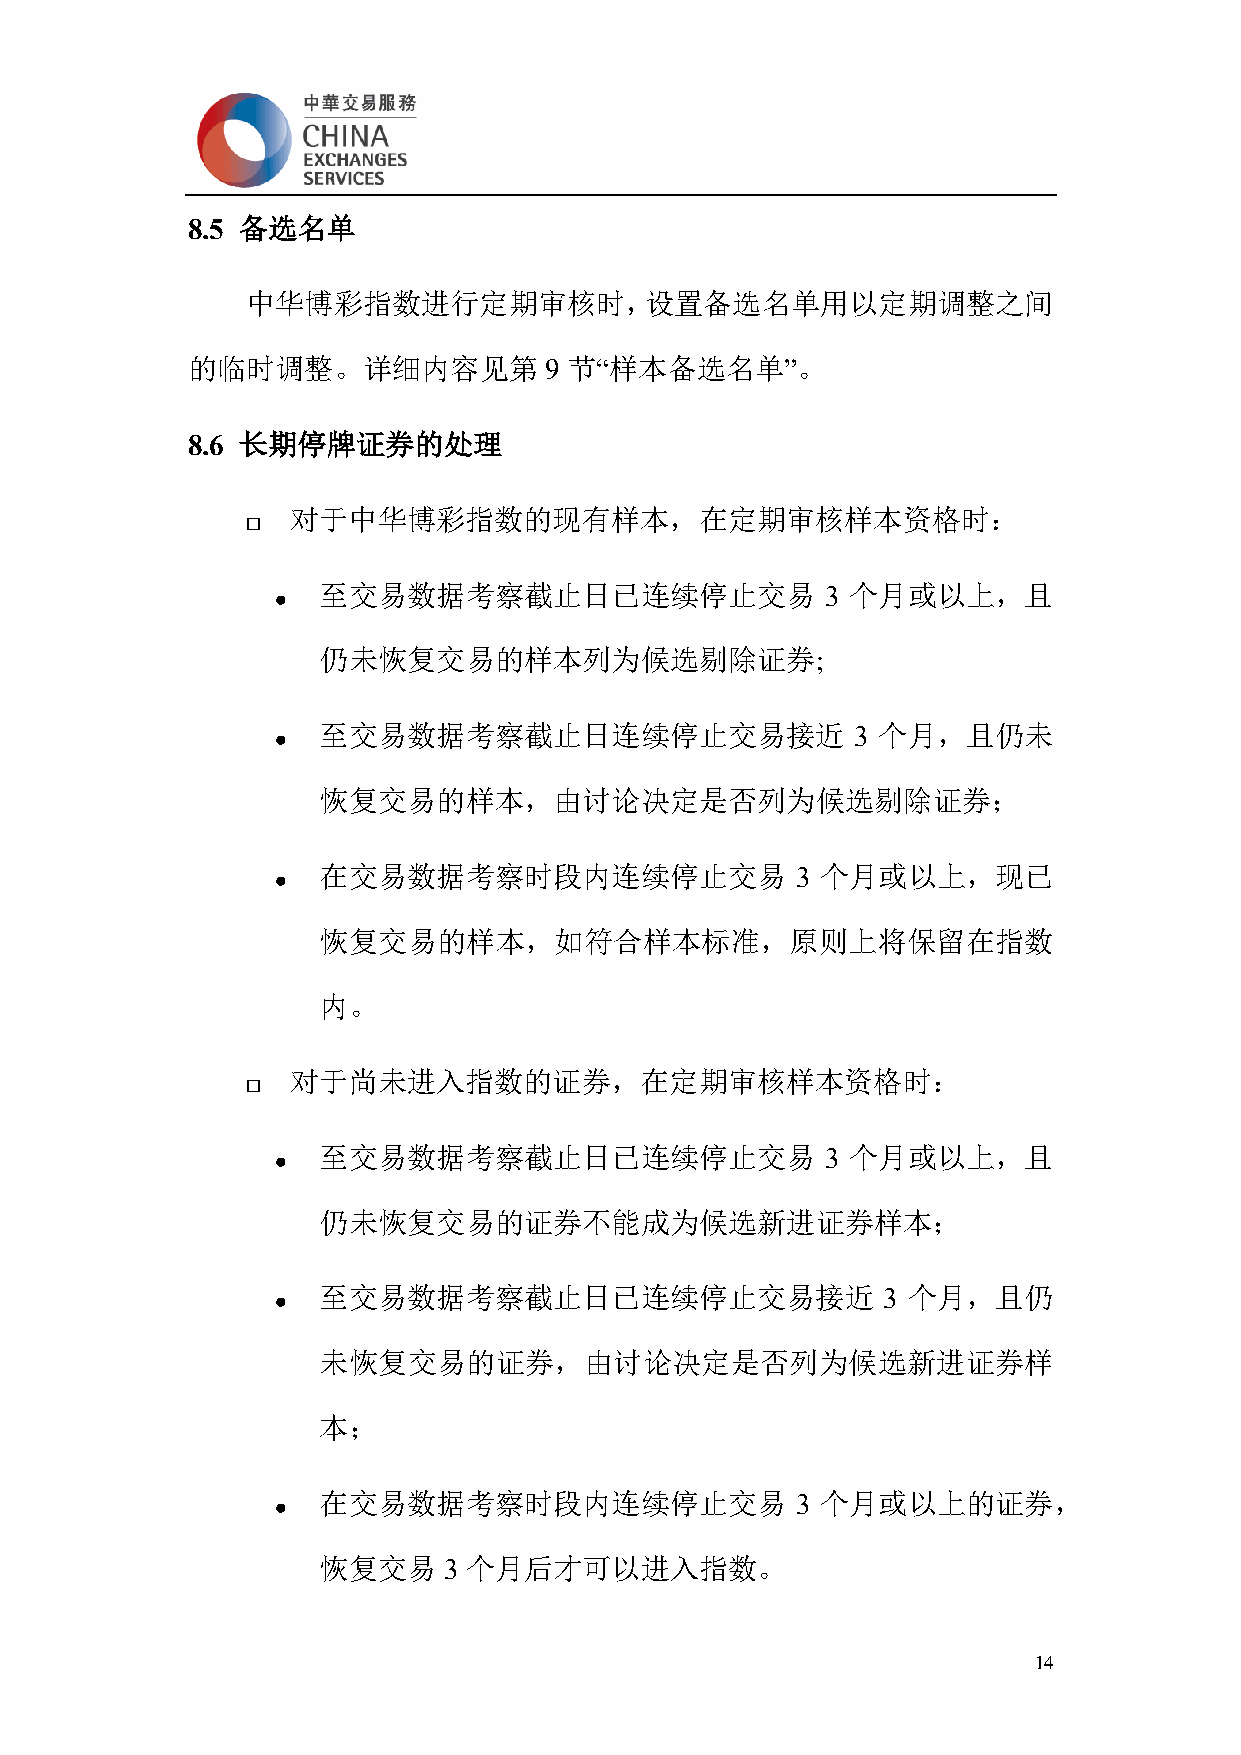
8.5 备选名单
 中华博彩指数进行定期审核时，设置备选名单用以定期调整之间
 的临时调整。详细内容见第            9 节“样本备选名单”。
 8.6 长期停牌证券的处理
 对于中华博彩指数的现有样本，在定期审核样本资格时：
 
 至交易数据考察截止日已连续停止交易                 3 个月或以上，且
 ⚫
 仍未恢复交易的样本列为候选剔除证券;
 至交易数据考察截止日连续停止交易接近                  3 个月，且仍未
 ⚫
 恢复交易的样本，由讨论决定是否列为候选剔除证券；
 在交易数据考察时段内连续停止交易                3 个月或以上，现已
 ⚫
 恢复交易的样本，如符合样本标准，原则上将保留在指数
 内。
 对于尚未进入指数的证券，在定期审核样本资格时：
 
 至交易数据考察截止日已连续停止交易                 3 个月或以上，且
 ⚫
 仍未恢复交易的证券不能成为候选新进证券样本；
 至交易数据考察截止日已连续停止交易接近                  3 个月，且仍
 ⚫
 未恢复交易的证券，由讨论决定是否列为候选新进证券样
 本；
 在交易数据考察时段内连续停止交易                3 个月或以上的证券，
 ⚫
 恢复交易    3 个月后才可以进入指数。
 14